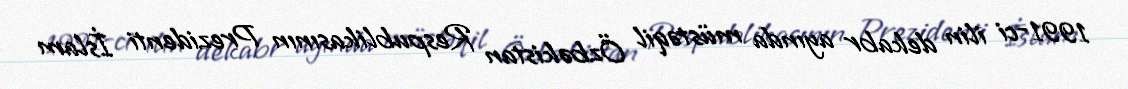
1991-ci ilin dekabr ayında müstəqil Özbəkistan Respublikasının Prezidenti İslam